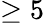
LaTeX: \geq 5